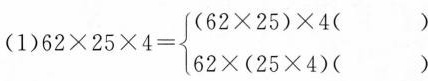
(1） $$62 \times 25 \times 4= \left\{ \begin{matrix}(62 \times 25)\times 4( ）\\ 62 \times(25 \times 4)(\\ \end{matrix} \right（ ）$$